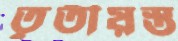
তৃতীয়স্ত